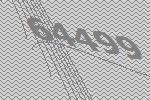
64499